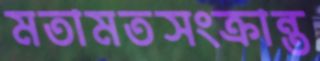
মতামতসংক্রান্ত